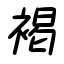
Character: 褐